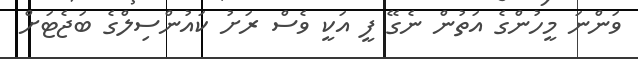
ވަންނަ މީހުންގެ އަތުން ނެގޭ ފީ އަކީ ވެސް ރަށު ކައުންސިލްގެ ބަޖެޓަށް